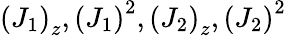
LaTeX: \left(J_{1}\right)_{z},\left(J_{1}\right)^{2},\left(J_{2}\right)_{z},\left(J_{2}\right)^{2}